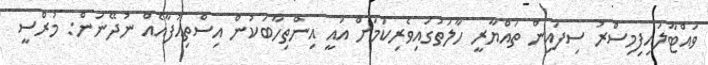
ވައްޓާލައިފިމިސްރު ސިފައިން ތައްޔާރީ ހާލަތުގައިވެރިކަމަށް އައީ އިންތިހާބަކުން އިސްތިއުފާއެއް ނުދޭނަން: މުރްސީ